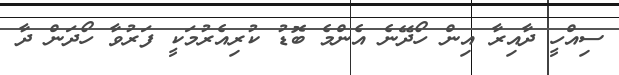
ސިއްހީ ދާއިރާ އިން ހޯދޭނެ އެންމެ ބޮޑު ކުރިއެރުމަކީ ފަރުވާ ހޯދަން ދާ